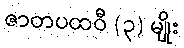
ဇာတပထဝီ (၃) မျိုး